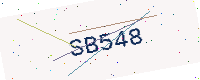
Text: SB548